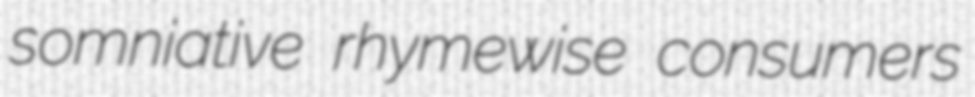
somniative rhymewise consumers